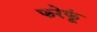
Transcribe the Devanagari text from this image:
फरेफूं